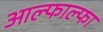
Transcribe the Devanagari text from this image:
आल्फाल्फा